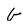
Character: G